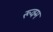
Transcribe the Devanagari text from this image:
रूक्म